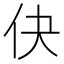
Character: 𬽭